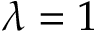
\lambda = 1